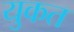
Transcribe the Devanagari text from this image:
युकत